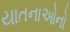
યાતનાઓનો